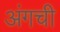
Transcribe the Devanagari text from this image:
अंगची